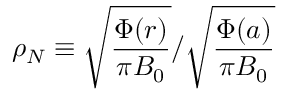
\rho _ { N } \equiv \sqrt { \frac { \Phi ( r ) } { \pi B _ { 0 } } } / \sqrt { \frac { \Phi ( a ) } { \pi B _ { 0 } } }